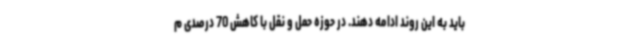
باید به این روند ادامه دهند. در حوزه حمل و نقل با کاهش 70 درصدی م